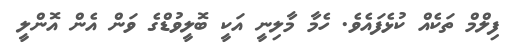
ފިލްމް ތަކެއް ކުޅެފައެވެ. ހެމާ މާލިނީ އަކީ ބޮލީވުޑްގެ ވަން އެން އޮންލީ